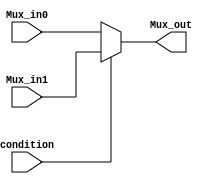
`timescale 1ns/1ns

module Mux(
	input condition,
	input [31:0] Mux_in0,
	input [31:0] Mux_in1,
	output reg [31:0] Mux_out
);

always @*
begin
	if (condition)
		Mux_out = Mux_in1;
	else
		Mux_out = Mux_in0;
end

endmodule